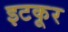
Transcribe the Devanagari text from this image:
इटकूर